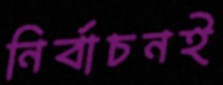
নির্বাচনই